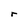
Character: r